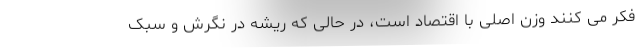
فکر می کنند وزن اصلی با اقتصاد است، در حالی که ریشه در نگرش و سبک